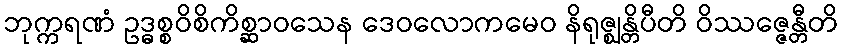
ဘုက္ကရဏံ ဥဒ္ဓစ္စဝိစိကိစ္ဆာဝသေန ဒေဝလောကမေဝ နိရုဇ္ဈန္တိပီတိ ဝိဿဇ္ဇေန္တီတိ